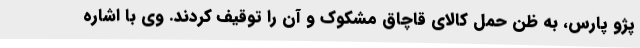
پژو پارس، به ظن حمل کالای قاچاق مشکوک و آن را توقیف کردند. وی با اشاره